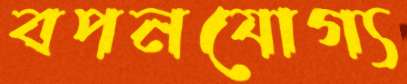
বপনযোগ্য